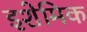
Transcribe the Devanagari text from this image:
इशेमिक